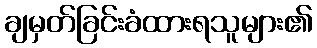
ချမှတ်ခြင်းခံထားရသူများ၏